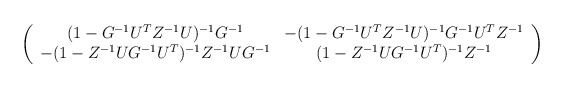
\begin{align*}\left(\begin{array}{cc}(1-G^{-1}U^TZ^{-1}U)^{-1}G^{-1}&-(1-G^{-1}U^TZ^{-1}U)^{-1}G^{-1}U^{T}Z^{-1}\\ -(1- Z^{-1}UG^{-1}U^T)^{-1}Z^{-1}U G^{-1} &(1- Z^{-1}U G^{-1}U^T)^{-1}Z^{-1}\end{array}\right)\end{align*}